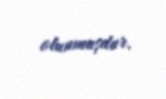
olunmuşdur.